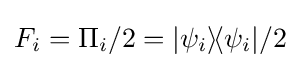
F_{i}=\Pi _{i}/2=|\psi _{i}\rangle \!\langle \psi _{i}|/2